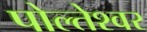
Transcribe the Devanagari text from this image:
पोल्तेश्वर